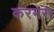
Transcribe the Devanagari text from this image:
करमस